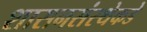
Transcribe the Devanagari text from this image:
शासनसंस्थेकडे